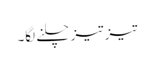
تیز تیز چلنے لگا۔